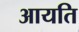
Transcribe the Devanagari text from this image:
आयति